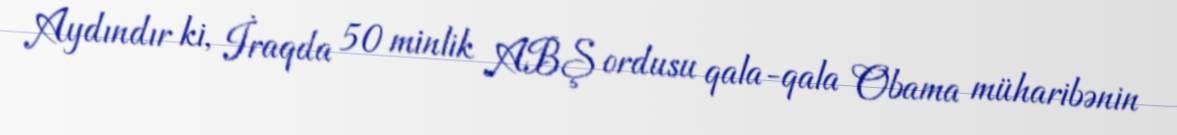
Aydındır ki, İraqda 50 minlik ABŞ ordusu qala-qala Obama müharibənin